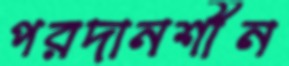
পরদানশীন